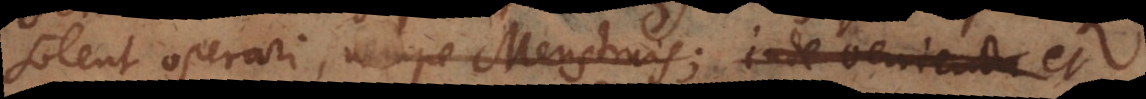
solent operari, nempe Menstruis; inde venienda et